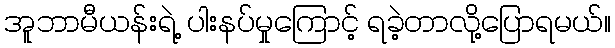
အူဘာမီယန်းရဲ့ ပါးနပ်မှုကြောင့် ရခဲ့တာလို့ပြောရမယ်။